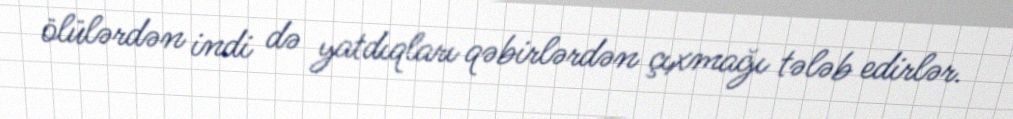
ölülərdən indi də yatdıqları qəbirlərdən çıxmağı tələb edirlər.